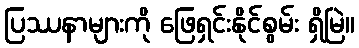
ပြဿနာများကို ဖြေရှင်းနိုင်စွမ်း ရှိမြဲ။